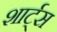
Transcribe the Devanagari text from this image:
शार्ट्स